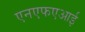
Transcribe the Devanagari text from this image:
एनएफएआई